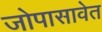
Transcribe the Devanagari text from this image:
जोपासावेत